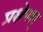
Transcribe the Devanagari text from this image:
प्रक्षेपश्